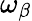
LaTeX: \omega_{\beta}